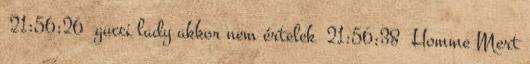
21:56:26 gucci lady akkor nem értelek 21:56:38 Homme Mert